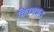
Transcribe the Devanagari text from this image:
चित्रणप्रत